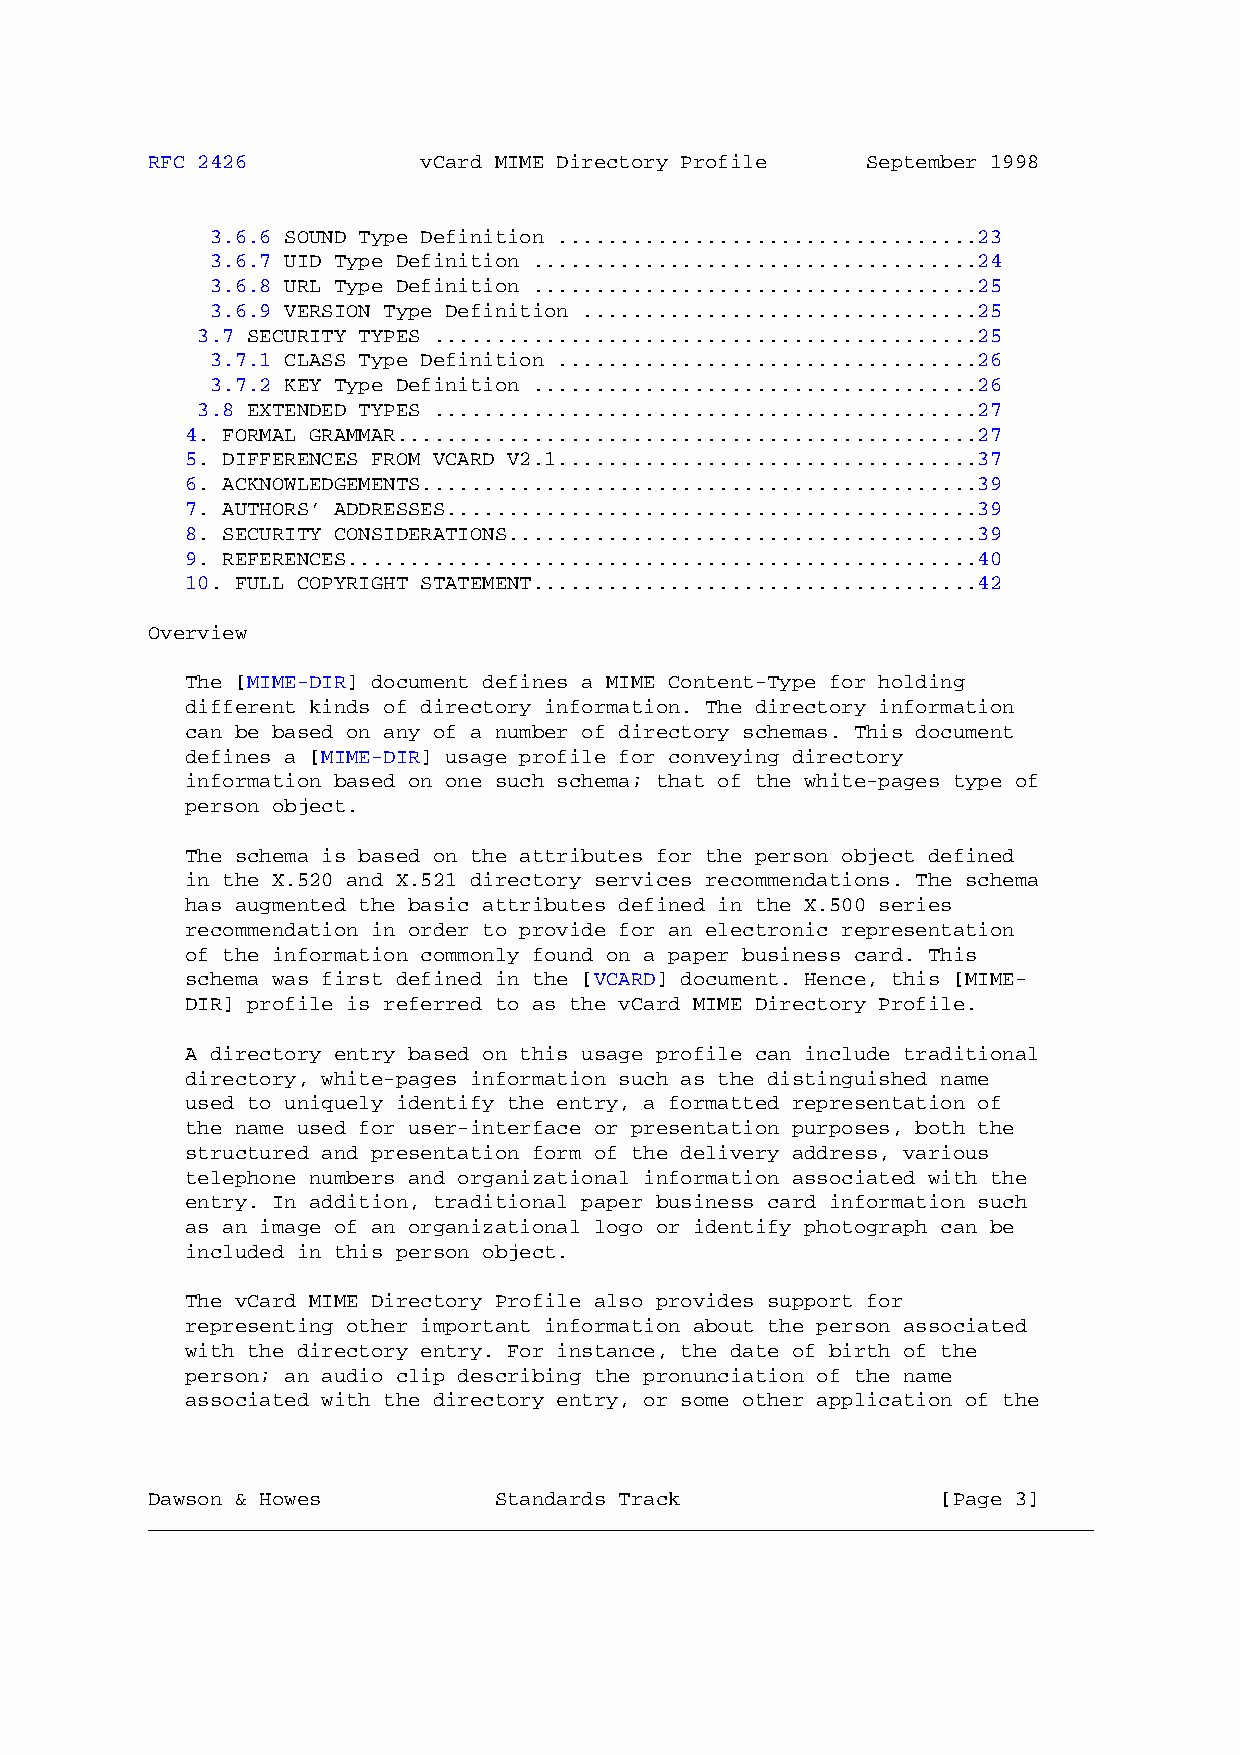
RFC 2426          vCard MIME Directory Profile September 1998
 3.6.6 SOUND Type Definition ..................................23
 3.6.7 UID Type Definition ....................................24
 3.6.8 URL Type Definition ....................................25
 3.6.9 VERSION Type Definition ................................25
 3.7 SECURITY TYPES ............................................25
 3.7.1 CLASS Type Definition ..................................26
 3.7.2 KEY Type Definition ....................................26
 3.8 EXTENDED TYPES ............................................27
 4. FORMAL GRAMMAR...............................................27
 5. DIFFERENCES FROM VCARD V2.1..................................37
 6. ACKNOWLEDGEMENTS.............................................39
 7. AUTHORS’ ADDRESSES...........................................39
 8. SECURITY CONSIDERATIONS......................................39
 9. REFERENCES...................................................40
 10. FULL COPYRIGHT STATEMENT....................................42
 Overview
 The [MIME-DIR] document defines a MIME Content-Type for holding
 different kinds of directory information. The directory information
 can be based on any of a number of directory schemas. This document
 defines a [MIME-DIR] usage profile for conveying directory
 information based on one such schema; that of the white-pages type of
 person object.
 The schema is based on the attributes for the person object defined
 in the X.520 and X.521 directory services recommendations. The schema
 has augmented the basic attributes defined in the X.500 series
 recommendation in order to provide for an electronic representation
 of the information commonly found on a paper business card. This
 schema was first defined in the [VCARD] document. Hence, this [MIME-
 DIR] profile is referred to as the vCard MIME Directory Profile.
 A directory entry based on this usage profile can include traditional
 directory, white-pages information such as the distinguished name
 used to uniquely identify the entry, a formatted representation of
 the name used for user-interface or presentation purposes, both the
 structured and presentation form of the delivery address, various
 telephone numbers and organizational information associated with the
 entry. In addition, traditional paper business card information such
 as an image of an organizational logo or identify photograph can be
 included in this person object.
 The vCard MIME Directory Profile also provides support for
 representing other important information about the person associated
 with the directory entry. For instance, the date of birth of the
 person; an audio clip describing the pronunciation of the name
 associated with the directory entry, or some other application of the
 Dawson & Howes         Standards Track              [Page 3]